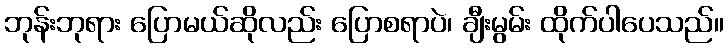
ဘုန်းဘုရား ပြောမယ်ဆိုလည်း ပြောစရာပဲ၊ ချီးမွမ်း ထိုက်ပါပေသည်။